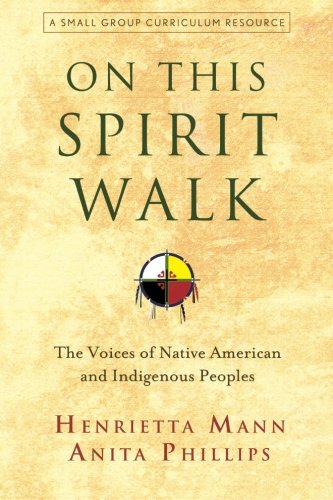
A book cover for On This Spirit Walk: The Voices of Native American and Indigenous Peoples; Henrietta Mann; Law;